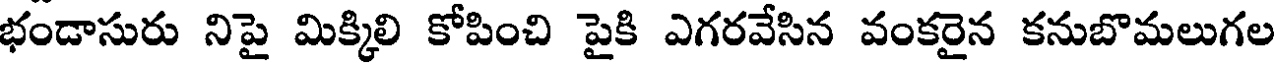
భండాసురు నిపై మిక్కిలి కోపించి పైకి ఎగరవేసిన వంకరైన కనుబొమలుగల